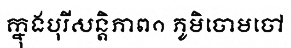
ក្នុងបុរីសន្តិភាព១ ភូមិចោមចៅ